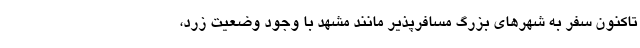
تاکنون سفر به شهرهای بزرگ مسافرپذیر مانند مشهد با وجود وضعیت زرد،